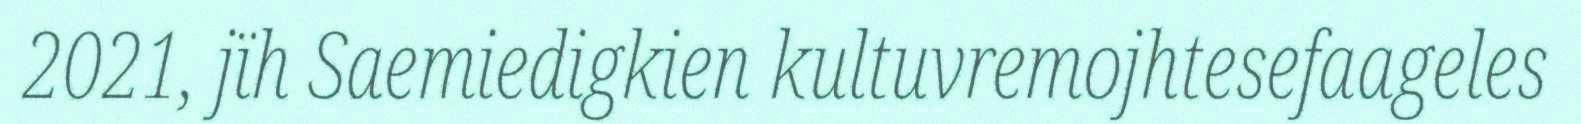
2021, jïh Saemiedigkien kultuvremojhtesefaageles